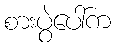
စားပွဲပေါ်က